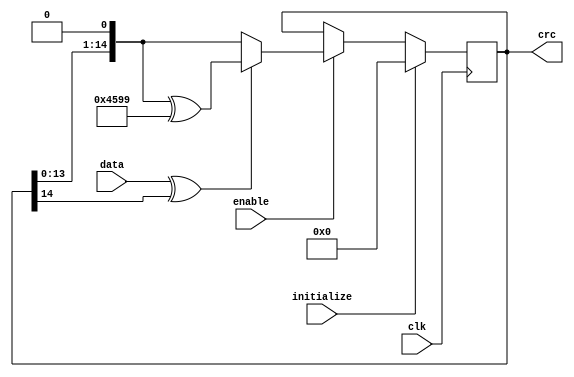
module can_crc (clk, data, enable, initialize, crc);


parameter Tp = 1;

input         clk;
input         data;
input         enable;
input         initialize;

output [14:0] crc;

reg    [14:0] crc;

wire          crc_next;
wire   [14:0] crc_tmp;


assign crc_next = data ^ crc[14];
assign crc_tmp = {crc[13:0], 1'b0};

always @ (posedge clk)
begin
  if(initialize)
    crc <= #Tp 15'h0;
  else if (enable)
    begin
      if (crc_next)
        crc <= #Tp crc_tmp ^ 15'h4599;
      else
        crc <= #Tp crc_tmp;
    end    
end


endmodule